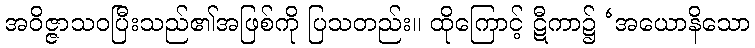
အဝိဇ္ဇာသဝပြီးသည်၏အဖြစ်ကို ပြသတည်း။ ထိုကြောင့် ဋီကာ၌ ‘အယောနိသော